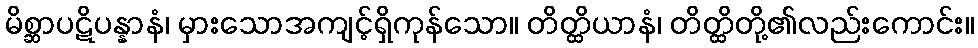
မိစ္ဆာပဋိပန္နာနံ၊ မှားသောအကျင့်ရှိကုန်သော။ တိတ္ထိယာနံ၊ တိတ္ထိတို့၏လည်းကောင်း။